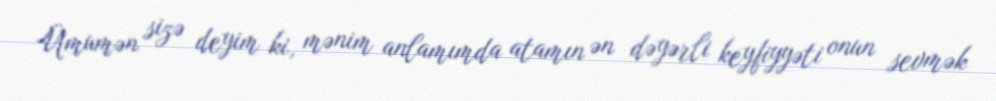
Ümumən sizə deyim ki, mənim anlamımda atamın ən dəyərli keyfiyyəti onun sevmək